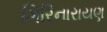
ગિરિનારાયણ